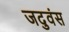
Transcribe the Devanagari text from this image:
जदुवंस